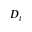
D _ { t }